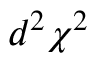
d ^ { 2 } \chi ^ { 2 }